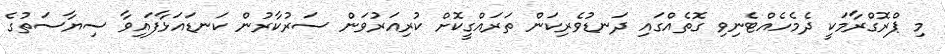
މި ޕްރޮގްރާމަކީ ދެމެހެއްޓެނިވި ގޮތެއްގައި ދަނޑުވެރިކަން ތަރައްގީކޮށް ކުރިއަރުވަން ސަރުކާރުން ކަނޑައަޅާފައިވާ ސިޔާސަތުގެ